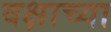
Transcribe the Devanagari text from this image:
वक्षाच्या